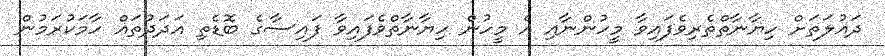
ދައުލަތަށް ހިޔާނާތްތެރިވެފައިވާ މީހުންނާއި އެ މީހުން ހިޔާނާތްވެފައިވާ ފައިސާގެ ބޮޑެތި އަދަދުތައް ހާމަކުރަމުން